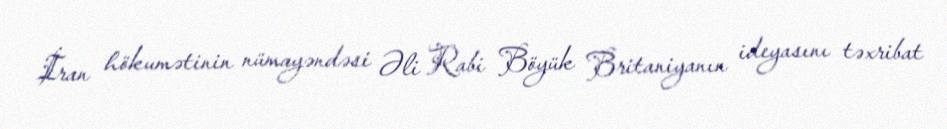
İran hökumətinin nümayəndəsi Əli Rabi Böyük Britaniyanın ideyasını təxribat